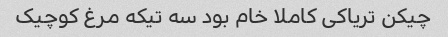
چیکن تریاکی کاملا خام بود سه تیکه مرغ کوچیک